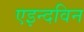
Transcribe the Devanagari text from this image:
एइन्दविन